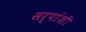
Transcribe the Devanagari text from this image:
सर्पांशी